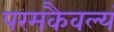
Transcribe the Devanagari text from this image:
परमकैवल्यं